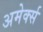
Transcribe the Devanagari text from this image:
अमेर्क्स